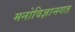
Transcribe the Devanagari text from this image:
मनोविज्ञानगत